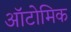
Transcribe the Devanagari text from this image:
ऑटोमिक